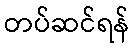
တပ်ဆင်ရန်